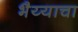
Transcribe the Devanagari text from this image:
भैय्याचा